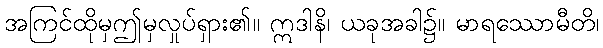
အကြင်ထိုမှဤမှလှုပ်ရှား၏။ ဣဒါနိ၊ ယခုအခါ၌။ မာရဿောမီတိ၊